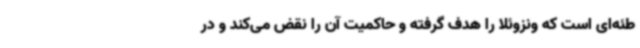
طئه‌ای است که ونزوئلا را هدف گرفته و حاکمیت آن را نقض می‌کند و در